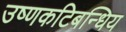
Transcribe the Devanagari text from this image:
उष्णकटिबन्धिय